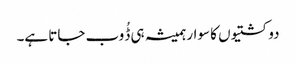
دو کشتیوں کا سوار ہمیشہ ہی ڈُوب جاتا ہے۔